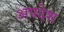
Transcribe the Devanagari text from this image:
अपदेश